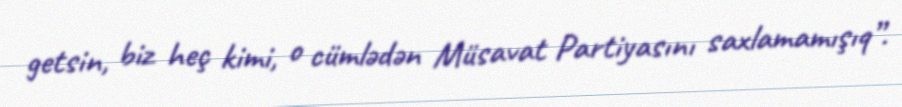
getsin, biz heç kimi, o cümlədən Müsavat Partiyasını saxlamamışıq”.